Medical and sanitary report of the native army of Bengal for the year
Year: 1877
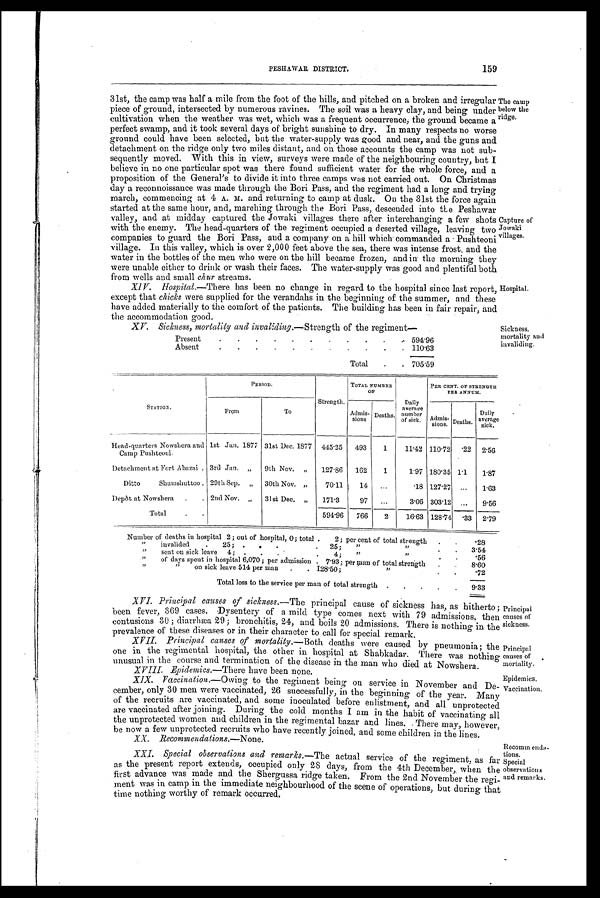
Principal
causes of
sickness.
Principal
causes of
mortality.
Epidemics.
Vaccination.
PESHAWAR DISTRICT.
159
31st, the camp was half a mile from the foot of the hills, and pitched on a broken and irregular
piece of ground, intersected by numerous ravines. The soil was a heavy clay, and being under
cultivation When the weather was wet, which was a frequent occurrence, the ground became a
perfect swamp, and it took several days of bright sunshine to dry. In many respects no worse
ground could have been selected, but the water-supply was good and near, and the guns and
detachment on the ridge only two miles distant, and on those accounts the camp was not sub-
sequently moved. With this in view, surveys were made of the neighbouring country, but I
believe in no one particular spot was there found sufficient water for the whole force, and a
proposition of the General ' s to divide it into three camps was not carried out. On Christmas
day a reconnoissance was made through the Bori Pass, and the regiment had a long and trying
march, commencing at 4 A . M. and returning to camp at dusk. On the 31st the force again
started at the same hour, and, marching through the Bori Pass, descended into the Peshawar
valley, and at midday captured the Jowaki villages there after interchanging a few shots
with the enemy. The head-quarters of the regiment occupied a deserted village, leaving two
companies to guard the Bori Pass, and a company on a hill which commanded a Pushteoni
village. In this valley, which is over 2,000 feet above the sea, there was intense frost, and the
water in the bottles of the men who were on the hill became frozen, and in the morning they
were unable either to drink or wash their faces. The water-supply was good and plentiful both
from wells and small chur streams.
XIV. Hospital.—There has been no change in regard to the hospital since last report,
except that chicks were supplied for the verandahs in the beginning of the summer, and these
have added materially to the comfort of the patients. The building has been in fair repair, and
the accommodation good.
XV. Sickness. mortality and invaliding.— Strength of the regiment—
Present
.
.
.
.
.
.
.
.
.
.
. 594.96
Absent
.
.
.
.
.
.
.
.
.
.
. 110.63
Total
.
. 705.59
Capture of
Jowaki
villages.
Hospital.
Sickness,
mortality and
invaliding.
The camp
below the
ridge.
S T A T I O N .
PERIOD.
Strength.
TOTAL NUMBER
O F
Daily
average
number
of sick.
PER CENT. Or STRENGTH
PER ANNUM.
From
To
Admis-
sions.
Deaths.
Admis-
sions. Deaths.
Daily
average
sick..
Head-quarters Nowshera and
Camp Puslteoni.
1st Jan. 1877 31st Dec. 1877 445.25
493
1
11.42 110.72
. 2 2 2.56
Detachment at Fort Abazai . 3rd Jan. „
9th Nov. „
127.86
162
1
1.97 180.35 1.1
1.87
Ditto
Shumshuttoo . 29th Sep. ,,
30th Nov. ,,
70.11
14
...
.18 127.27 ...
1.63
Depôt at Nowshera
.
. 2nd Nov. „
31st Dec. „
171.3
97
...
3.06 303.12 ...
9.56
Total
.
.
594.96
766
2
16.63 128.74
. 3 3 2.79
Number of deaths in hospital 2 ; out of hospital, 0; total .
2; per cent of total strength
.
.
.28
"
invalided
.
25; .
.
.
25;
"
„
.
.
3.54
"
sent on sick leave 4; .
.
.
4;
„
„
.
.
.56
„ of days spent in hospital 6,070 ; per admission . 7.93; per man of total strength .
8.60
„
on sick leave 514 per man
.
. 128.50;
„
.72
Total loss to the service per man of total strength .
.
.
.
.
9.33
XVI. Principal causes of sickness.—The principal cause of sickness has, as hitherto;
been fever, 309 cases. Dysentery of a mild type comes next with 79 admissions, then
contusions 30; diarrhæa 29; bronchitis, 24, and boils 20 admissions. There is nothing in the
prevalence of these diseases or in their character to call for special remark.
XVII. Principal causes of mortality.— Both deaths were caused by pneumonia; the
one in the regimental hospital, the other in hospital at Shabkadar. There was nothing
unusual in the course and termination of the disease in the man who died at Nowshera.
X V I I I . E p i d e m i c s . —
T h e r e
have been none.
X I X . V a c c i n a t i o n . —
O w i n g
to the regiment being on service in November and De-
cember, only 30 men were vaccinated, 26 successfully, in the beginning of the year. Many
of the recruits are vaccinated, and some inoculated before enlistment, and all unprotected
are vaccinated after joining. During the cold months I am in the habit of vaccinating all
the unprotected women and children in the regimental bazar and lines. There may, however
be now a few unprotected recruits who have recently joined, and some children in the lines.
X X . R e c o m m e n d a t i o n s . —
N o n e .
X X I . S p e c i a l o b s e r v a t i o n s a n d r e m a r k s . —T
h e
a c t u a l s e r v i c e o f t h e r e g i m e n t a s f a r
as the present report extends, occupied only 28 days, from the 4th December, when the
first advance was made and the Shergussa ridge taken. From the 2nd November the regi-
ment was in camp in the immediate neighbourhood of the scene of operations, but during that
time nothing worthy of remark occurred.
Recomm enda-
tions.
Special
observations
and remarks.